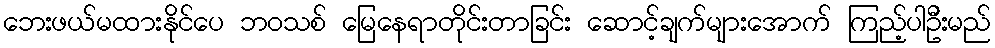
ဘေးဖယ်မထားနိုင်ပေ ဘဝသစ် မြေနေရာတိုင်းတာခြင်း ဆောင့်ချက်များအောက် ကြည့်ပါဦးမည်